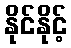
နိုင်နိုင့်